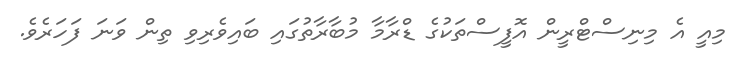
މިއީ އެ މިނިސްޓްރީން އޮފީސްތަކުގެ ޑްރާމާ މުބާރާތުގައި ބައިވެރިވި ތިން ވަނަ ފަހަރެވެ.